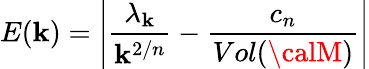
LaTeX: E(\mathbf{k})=\left|\frac{{\lambda_{\mathbf{k}}}}{{\mathbf{k}^{2/n}}}-\frac{{c_{n}}}{{Vol({\calM})}}\right|